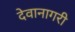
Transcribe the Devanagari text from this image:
देवानागरी